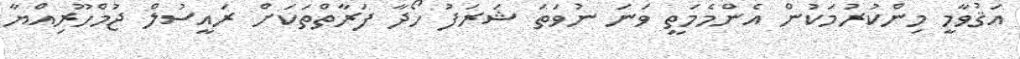
އަޤުވާމީ މިންކުރުމަކުން އެންމެމަތީ ވަނަ ނުވަތަ ޝަރަފު ހޯދާ ފަރާތްތަކަށް ރައީސުލް ޖުމްހޫރިއްޔާ